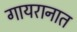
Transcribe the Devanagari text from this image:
गायरानात